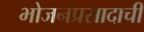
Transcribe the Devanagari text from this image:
भोजनप्रसादाची